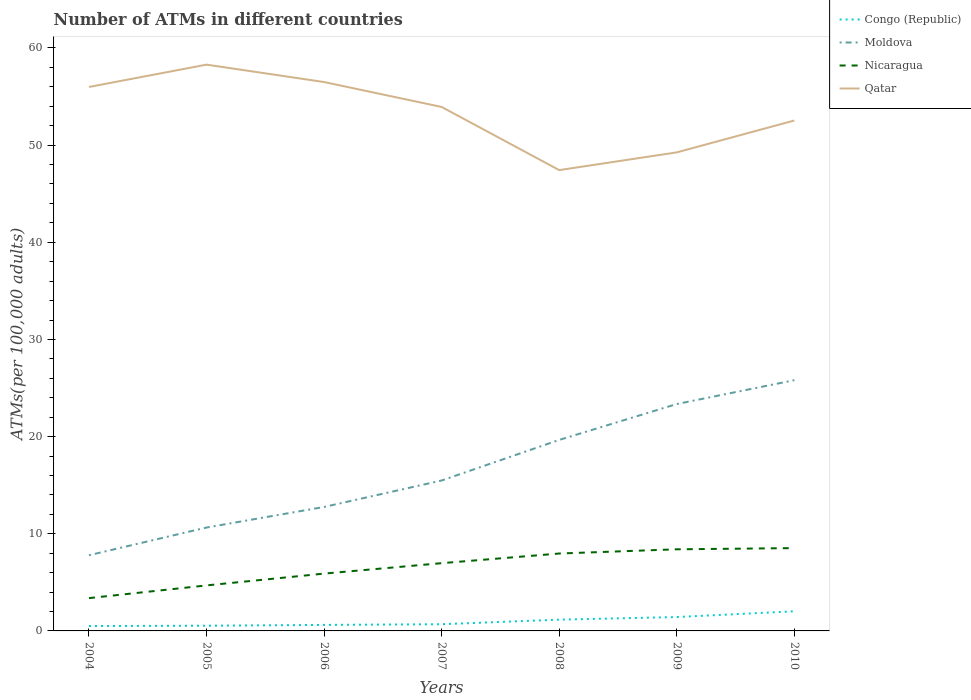
| Years | Congo (Republic) | Moldova | Nicaragua | Qatar |
 | --- | --- | --- | --- | --- |
 | 2004 | 0.501 | 7.79 | 3.38 | 56 |
 | 2005 | 0.537 | 10.6 | 4.68 | 58.3 |
 | 2006 | 0.617 | 12.8 | 5.9 | 56.5 |
 | 2007 | 0.691 | 15.5 | 6.97 | 53.9 |
 | 2008 | 1.16 | 19.7 | 7.97 | 47.4 |
 | 2009 | 1.43 | 23.4 | 8.4 | 49.3 |
 | 2010 | 2.02 | 25.8 | 8.52 | 52.5 |